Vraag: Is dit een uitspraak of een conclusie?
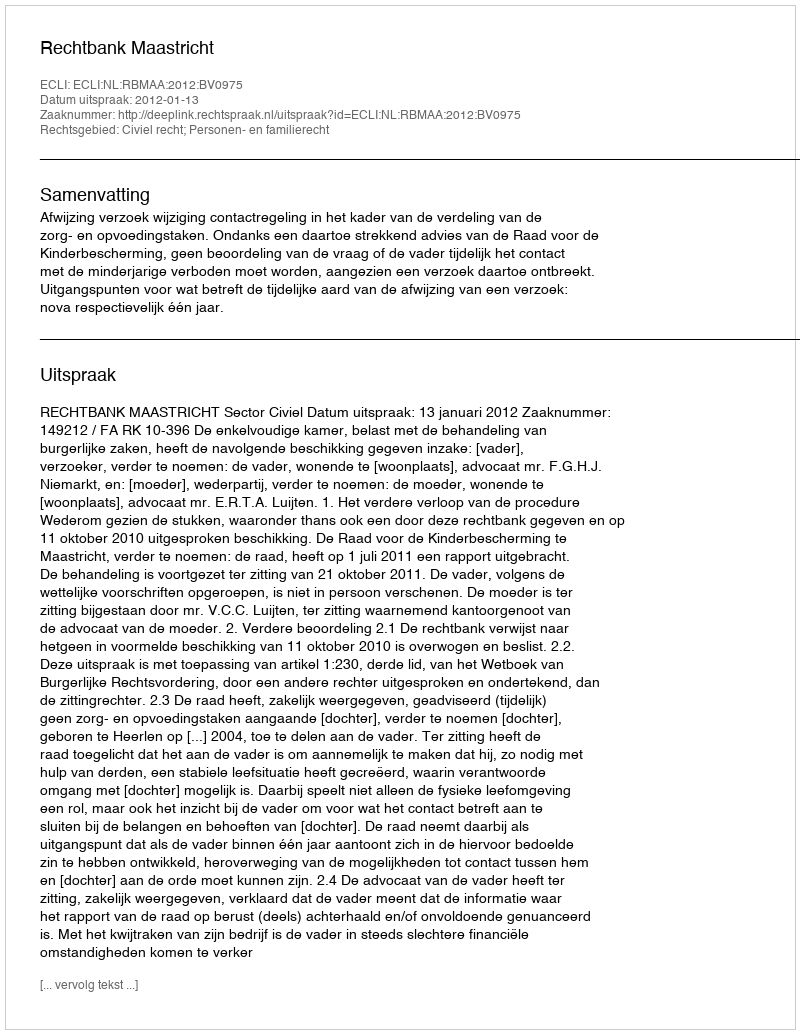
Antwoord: Uitspraak